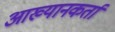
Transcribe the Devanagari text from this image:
आख्यानकर्ता